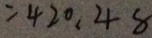
= 4 2 0 . 4 8